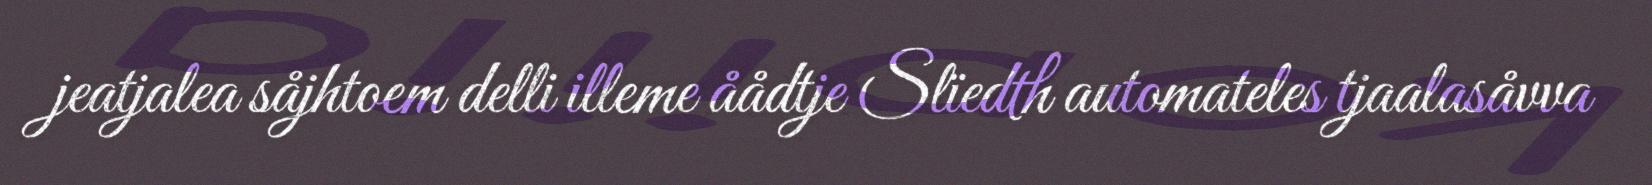
jeatjalea såjhtoem delli illeme åådtje Slïedth automateles tjaalasåvva